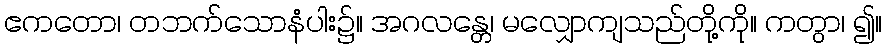
ဧကတော၊ တဘက်သောနံပါး၌။ အဂလန္တေ၊ မလျှောကျသည်တို့ကို။ ကတွာ၊ ၍။